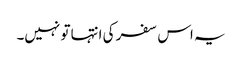
یہ اس سفر کی انتہا تو نہیں۔